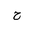
Letter: _ha